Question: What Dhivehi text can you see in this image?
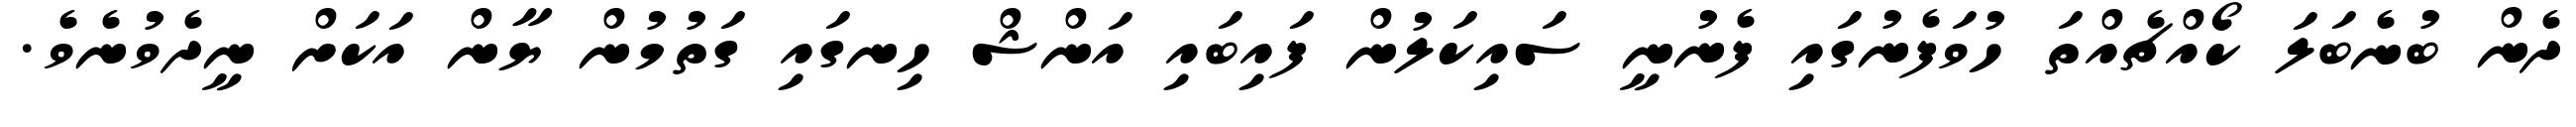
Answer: ދެން ބުނެބަލަ ކޯއްޗެއްތަ ހުވަފެނުގައި ފެނުނީ ސައިކަލުން ފައިބައި އަންޝް ހިނގައި ގަތުމުން ޔާން އަކަށް ނީދެވުނެވެ.